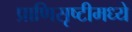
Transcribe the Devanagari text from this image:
प्राणिसृष्टीमध्ये